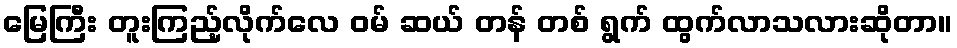
မြေကြီး တူးကြည့်လိုက်လေ ဝမ် ဆယ် တန် တစ် ရွက် ထွက်လာသလားဆိုတာ။